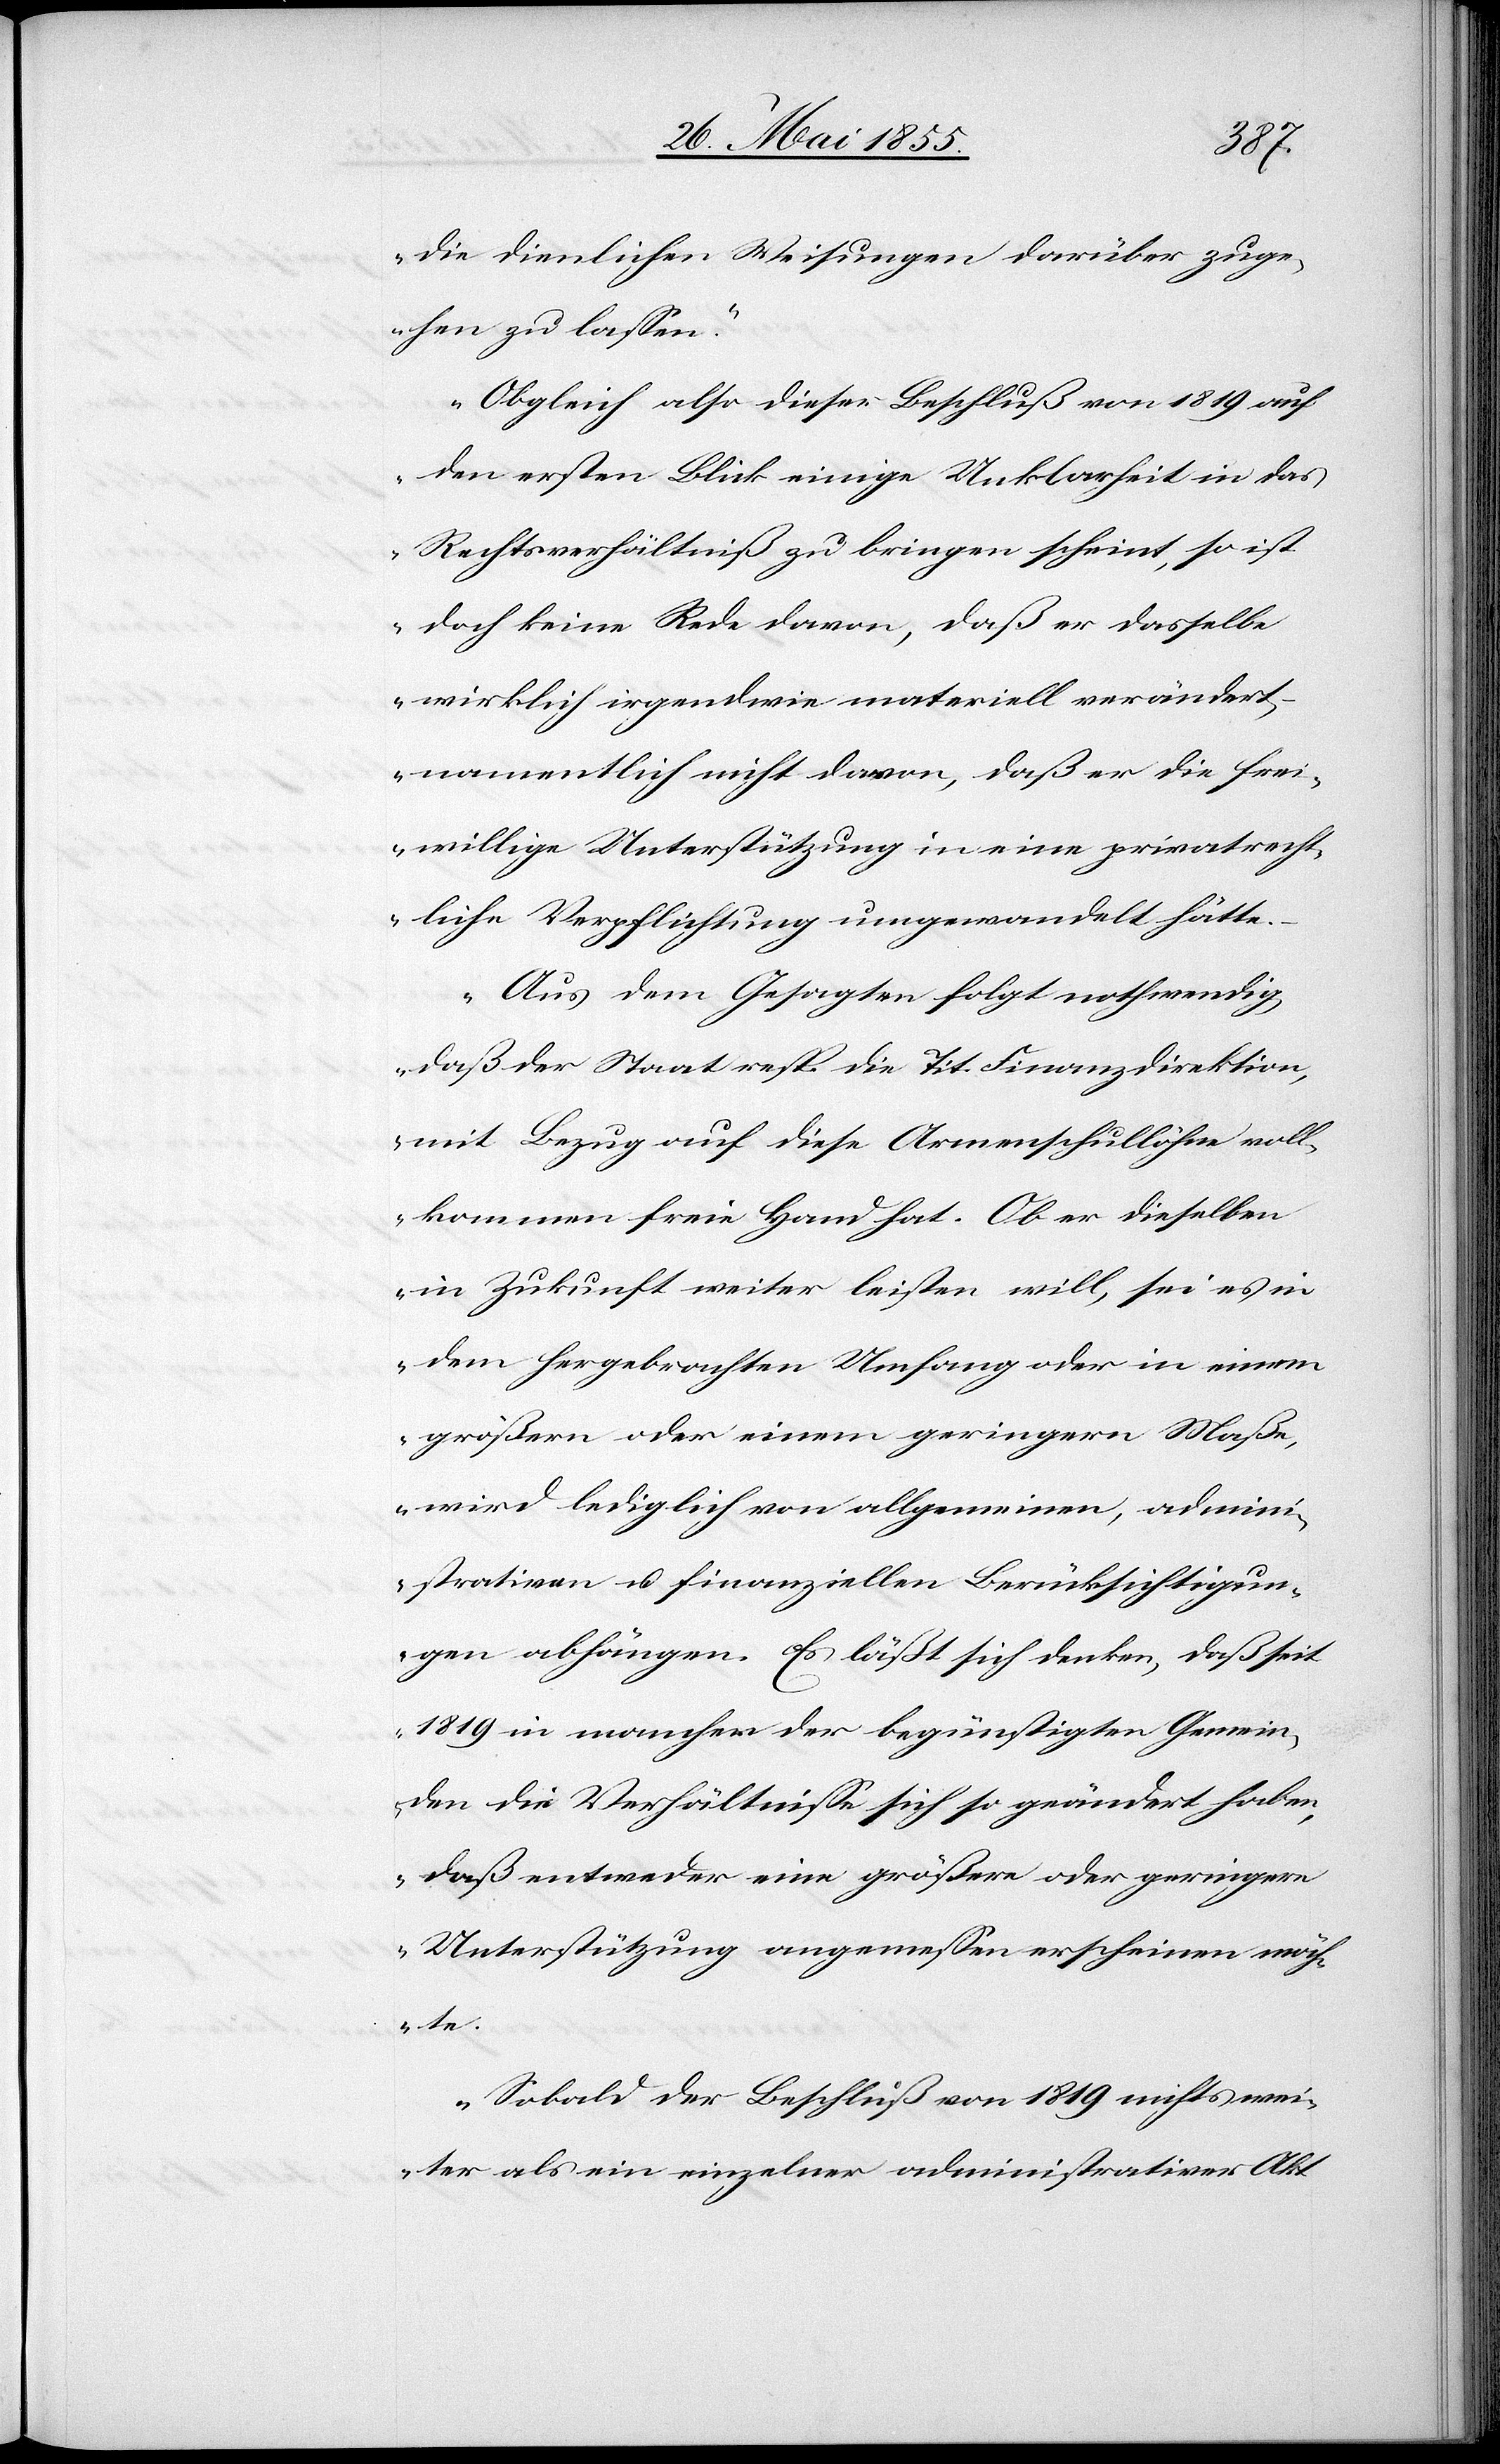
die dienlichen Weisungen darüber zuge¬
hen zu lassen.
Obgleich also dieser Beschluß von 1819 auf
den ersten Blick einige Unklarheit in das
Rechtsverhältniß zu bringen scheint, so ist
doch keine Rede davon, daß er dasselbe
wirklich irgendwie materiell verändert,
namentlich nicht davon, daß er die frei¬
willige Unterstützung in eine privatrecht¬
liche Verpflichtung umgewandelt hätte.
Aus dem Gesagten folgt nothwendig,
daß der Staat resp. die Tit. Finanzdirektion,
mit Bezug auf diese Armenschullöhne voll¬
kommen freie Hand hat. Ob er dieselben
in Zukunft weiter leisten will, sei es in
dem hergebrachten Umfang oder in einem
größern oder einem geringern Maße,
wird lediglich von allgemeinen, admini¬
strativen u. finanziellen Berücksichtigun¬
gen abhängen. Es läßt sich denken, daß seit
1819 in mancher der begünstigten Gemein¬
den die Verhältnisse sich so geändert haben,
daß entweder eine größere oder geringere
Unterstützung angemessen erscheinen möch¬
te.
Sobald der Beschluß von 1819 nichts wei¬
ter als ein einzelner administrativer Akt